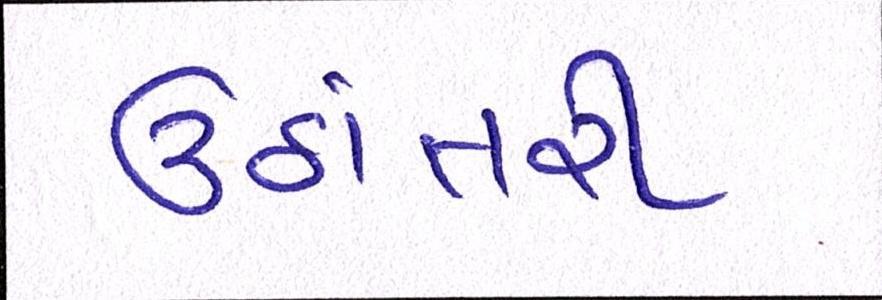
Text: ઉઠાંતરી